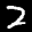
Label: 2